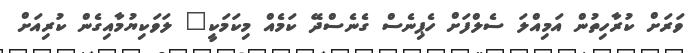
ވަރަށް ކުރާހިތުން އަމިއްލަ ސެލްފަށް ހެޕިނެސް ގެނެސްދޭ ކަމެއް މިކަމަކީ" ލަވަކިޔުމާއިގެން ކުރިއަށް